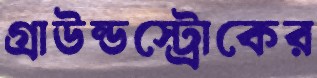
গ্রাউন্ডস্ট্রোকের